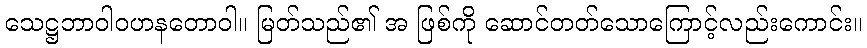
သေဋ္ဌဘာဝါဝဟနတောဝါ။ မြတ်သည်၏ အ ဖြစ်ကို ဆောင်တတ်သောကြောင့်လည်းကောင်း။